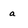
Character: a